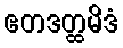
ဧတဒတ္ထမိဒံ